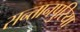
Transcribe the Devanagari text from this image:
सन्तानपुरिया